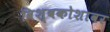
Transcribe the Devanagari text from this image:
विश्वकोशावर